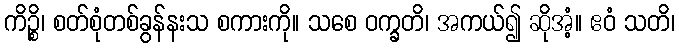
ကိဉ္စိ၊ စတ်စုံတစ်ခွန်နးသ စကားကို။ သစေ ဝက္ခတိ၊ အကယ်၍ ဆိုအံ့။ ဧဝံ သတိ၊